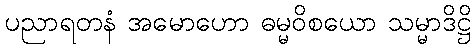
ပညာရတနံ အမောဟော ဓမ္မဝိစယော သမ္မာဒိဋ္ဌိ